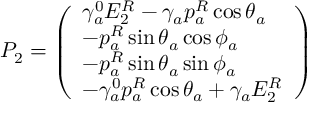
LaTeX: P _ { 2 } = \left( \begin{array} { l } { { \gamma _ { a } ^ { 0 } E _ { 2 } ^ { R } - \gamma _ { a } p _ { a } ^ { R } \cos \theta _ { a } } } \\ { { - p _ { a } ^ { R } \sin \theta _ { a } \cos \phi _ { a } } } \\ { { - p _ { a } ^ { R } \sin \theta _ { a } \sin \phi _ { a } } } \\ { { - \gamma _ { a } ^ { 0 } p _ { a } ^ { R } \cos \theta _ { a } + \gamma _ { a } E _ { 2 } ^ { R } } } \end{array} \right)